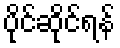
ပိုင်ဆိုင်ရန်